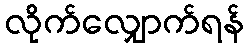
လိုက်လျှောက်ရန်